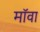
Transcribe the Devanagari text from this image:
मॉवा